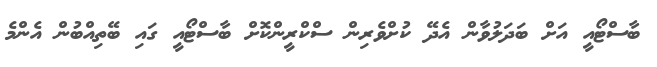
ބާސްޓޯއީ އަށް ބަދަލުވާން އެދޭ ކުށްވެރިން ސްކްރީންކޮށް ބާސްޓޯއީ ގައި ބޭތިއްބުން އެންމެ